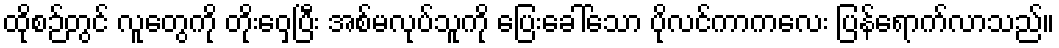
ထိုစဉ်တွင် လူတွေကို တိုးဝှေ့ပြီး အစ်မလုပ်သူကို ပြေးခေါ်သော ပိုလင်ကာကလေး ပြန်ရောက်လာသည်။